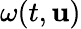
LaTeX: \omega(t,{\mathbf{u}})